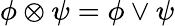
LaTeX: \phi\otimes\psi=\phi\vee\psi